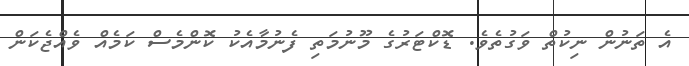
އެ ތަނުން ނިކުތް ވަގުތެވެ. ޑޮކްޓަރުގެ މޫނުމަތި ފެނުމާއެކު ކޮންމެސް ކަމެއް ވެއްޖެކަން